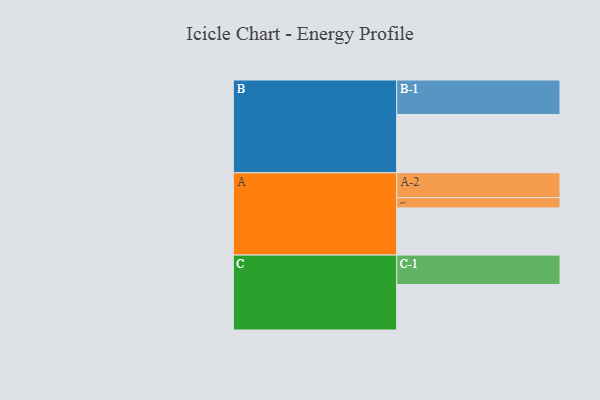
{"axis": {"x": "Segment", "y": "Value"}, "legend": ["", "A", "B", "C"], "data": [{"x": "A", "y": 402, "type": ""}, {"x": "B", "y": 496, "type": ""}, {"x": "C", "y": 388, "type": ""}, {"x": "A-1", "y": 87, "type": "A"}, {"x": "A-2", "y": 212, "type": "A"}, {"x": "B-1", "y": 294, "type": "B"}, {"x": "C-1", "y": 250, "type": "C"}]}